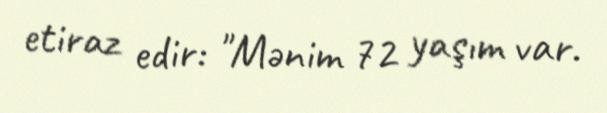
etiraz edir: "Mənim 72 yaşım var.